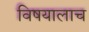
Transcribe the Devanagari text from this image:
विषयालाच